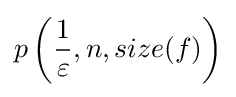
p\left({\frac {1}{\varepsilon }},n,size(f)\right)